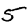
Digit: 5